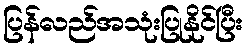
ပြန်လည်အသုံးပြုနိုင်ပြီး